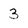
Character: 3